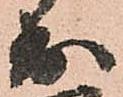
出